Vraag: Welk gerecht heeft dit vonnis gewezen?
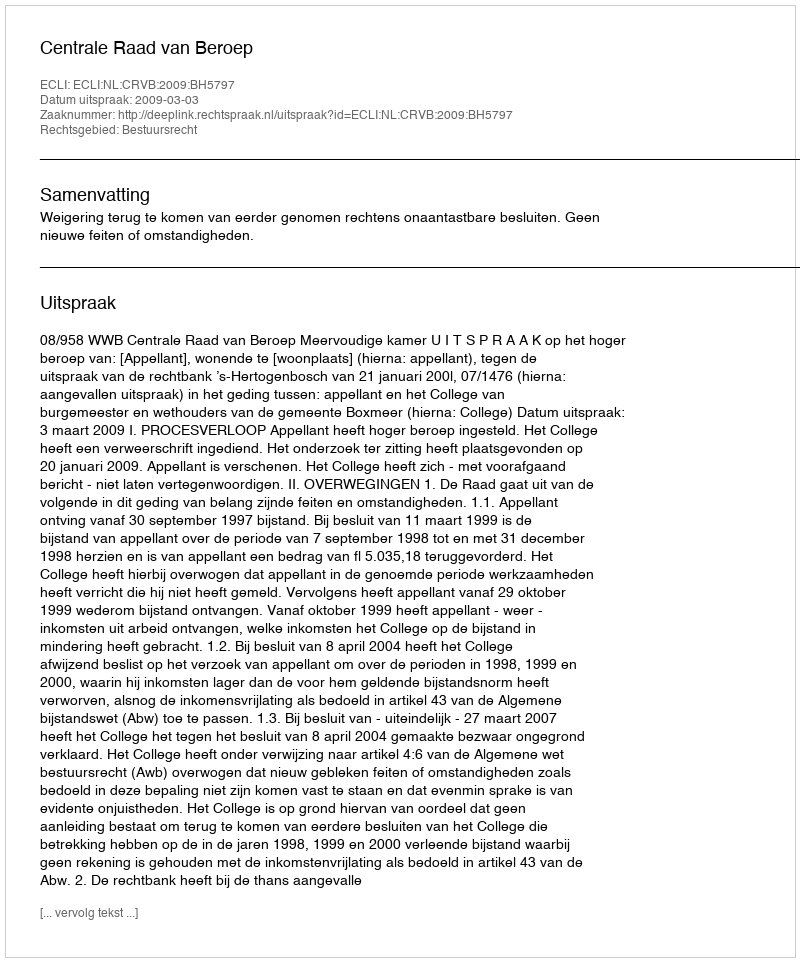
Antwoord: Centrale Raad van Beroep